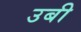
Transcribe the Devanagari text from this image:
उबी